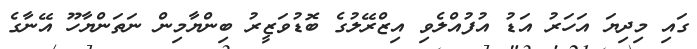
ގައި މިދިޔަ އަހަރު އަޑު އުފުއްލެވި އިޒްރޭލުގެ ބޮޑުވަޒީރު ބިންޔާމިން ނަތަންޔާހޫ އޭނާގެ